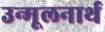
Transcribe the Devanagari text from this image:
उन्मूलनार्थ